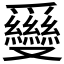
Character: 𠮗